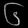
Digit: ၆